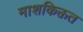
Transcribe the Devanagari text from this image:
माशकिक्तत